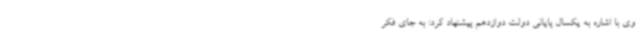
وی با اشاره به یکسال پایانی دولت دوازدهم پیشنهاد کرد: به جای فکر